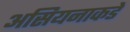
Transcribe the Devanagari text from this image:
असियनाकडे